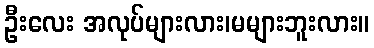
ဦးလေး အလုပ်များလား၊မများဘူးလား။